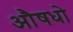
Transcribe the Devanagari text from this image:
औषधो